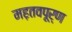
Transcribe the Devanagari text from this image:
मह़तवपूर्ण